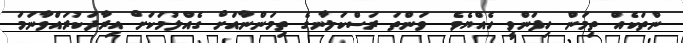
ންތަކެއް ތިމަން ހިފަންވީ ހެއްޔެވެ  ވަންތަ ރަސްކަލާނގެ ތިމަންނާއަށް ގެއްލުމަކަށް އިރާދަކުރައްވާނަމަ